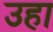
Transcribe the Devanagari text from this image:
उहा